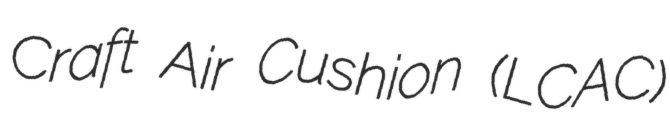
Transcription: Craft Air Cushion (LCAC)